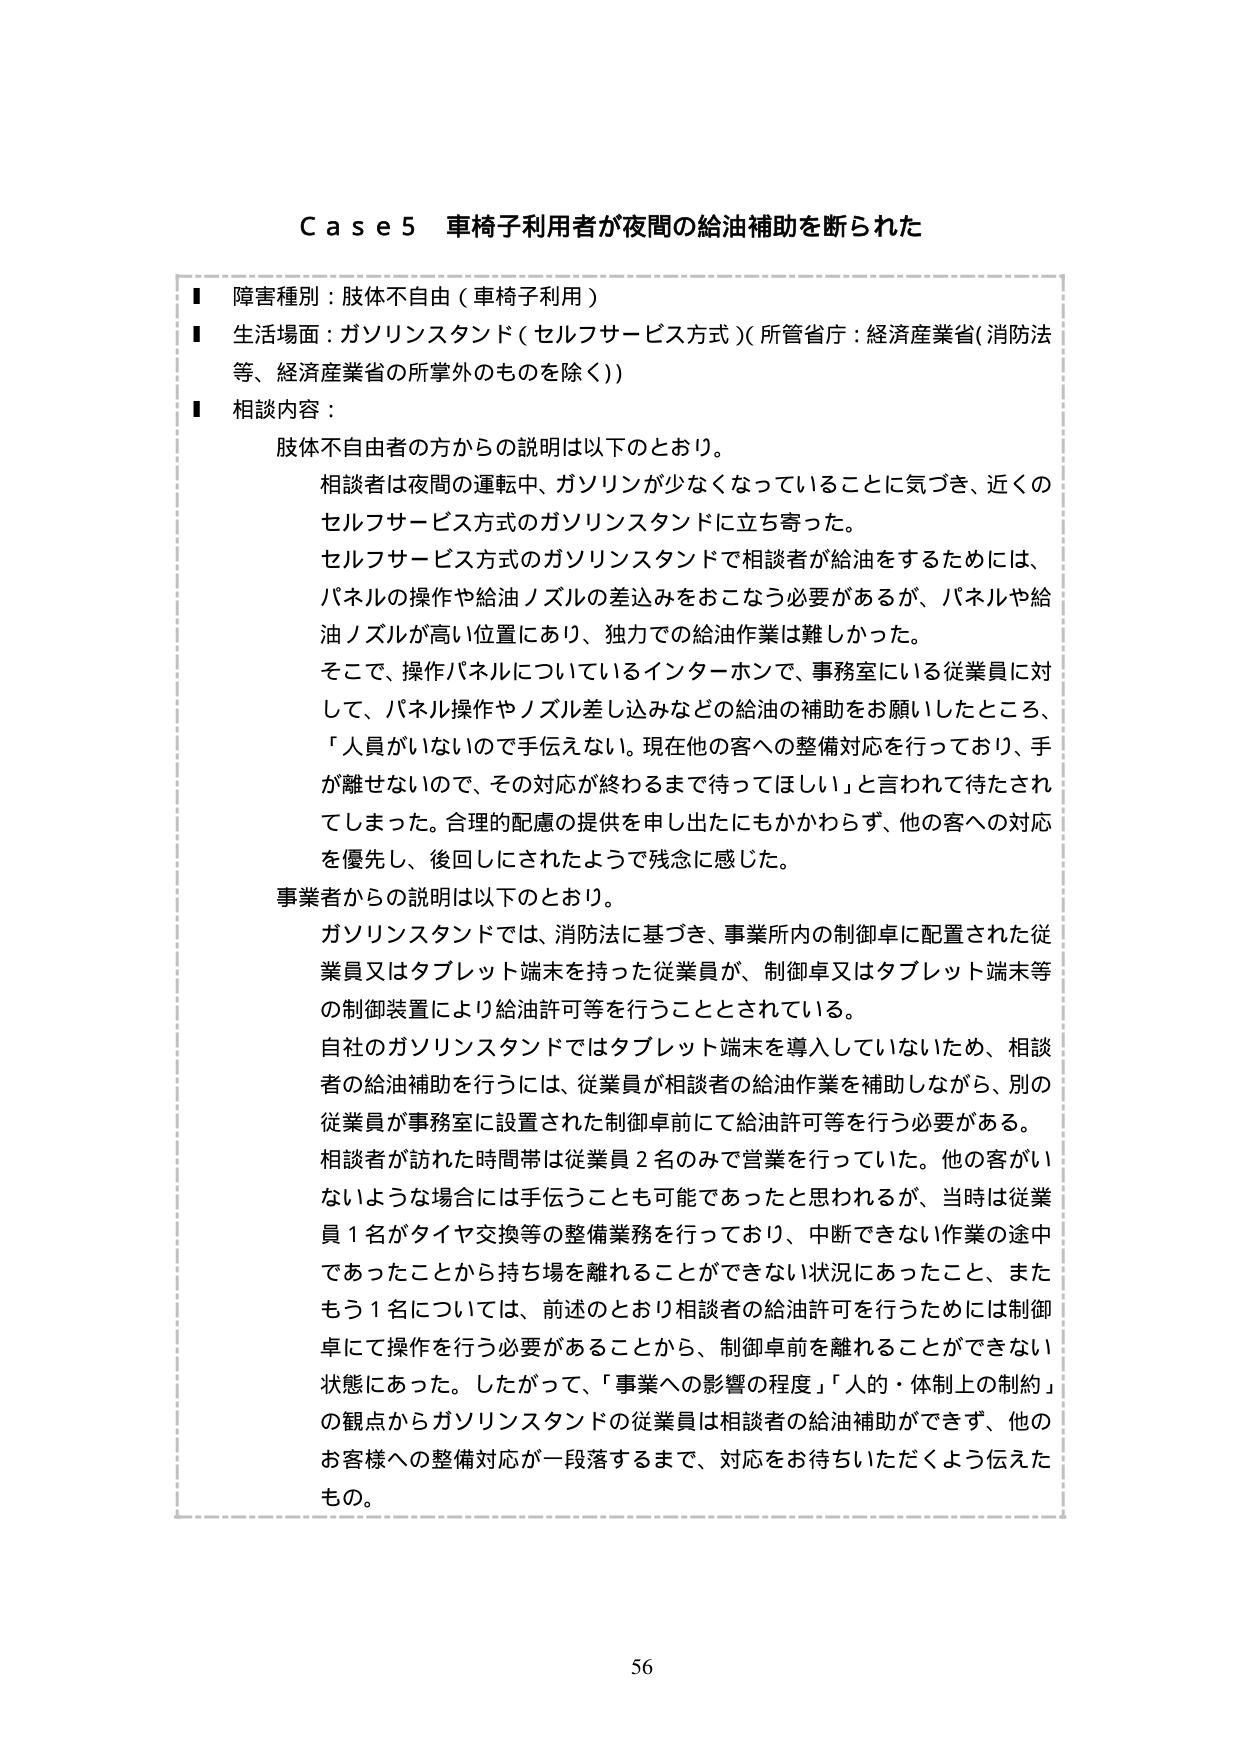
C a s e 5 車椅子利用者が夜間の給油補助を断られた

■ 障害種別：肢体不自由（車椅子利用）
■ 生活場面：ガソリンスタンド（セルフサービス方式）（所管省庁：経済産業省（消防法等、経済産業省の所掌外のものを除く））
■ 相談内容：

　肢体不自由者の方からの説明は以下のとおり。
　相談者は夜間の運転中、ガソリンが少なくなっていることに気づき、近くのセルフサービス方式のガソリンスタンドに立ち寄った。
　セルフサービス方式のガソリンスタンドで相談者が給油をするためには、パネルの操作や給油ノズルの差込みをおこなう必要があるが、パネルや給油ノズルが高い位置にあり、独力での給油作業は難しかった。
　そこで、操作パネルについているインターホンで、事務室にいる従業員に対して、パネル操作やノズル差し込みなどの給油の補助をお願いしたところ、「人員がいないので手伝えない。現在他の客への整備対応を行っており、手が離せないので、その対応が終わるまで待ってほしい」と言われて待たされてしまった。合理的配慮の提供を申し出たにもかかわらず、他の客への対応を優先し、後回しにされたようで残念に感じた。

　事業者からの説明は以下のとおり。
　ガソリンスタンドでは、消防法に基づき、事業所内の制御卓に配置された従業員又はタブレット端末を持った従業員が、制御卓又はタブレット端末等の制御装置により給油許可等を行うこととされている。
　自社のガソリンスタンドではタブレット端末を導入していないため、相談者の給油補助を行うには、従業員が相談者の給油作業を補助しながら、別の従業員が事務室に設置された制御卓前にて給油許可等を行う必要がある。
　相談者が訪れた時間帯は従業員2名のみで営業を行っていた。他の客がいないような場合には手伝うことも可能であったと思われるが、当時は従業員1名がタイヤ交換等の整備業務を行っており、中断できない作業の途中であったことから持ち場を離れることが不可能な状況にあったこと、またもう1名については、前述のとおり相談者の給油許可を行うためには制御卓にて操作を行う必要があることから、制御卓前を離れることが不可能な状態にあった。したがって、「事業への影響の程度」「人的・体制上の制約」の観点からガソリンスタンドの従業員は相談者の給油補助ができず、他のお客様への整備対応が一段落するまで、対応をお待ちいただくよう伝えたもの。

56